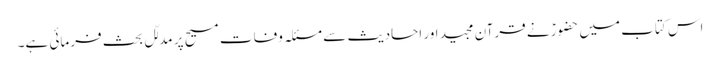
اس کتاب میں حضورؑ نے قرآن مجید اور احادیث سے مسئلہ وفاتِ مسیح پر مدلّل بحث فرمائی ہے۔